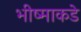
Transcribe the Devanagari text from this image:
भीष्माकडे